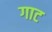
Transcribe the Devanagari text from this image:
गाट